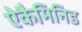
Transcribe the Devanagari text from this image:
ऐकैमिनिड